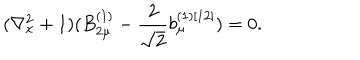
LaTeX: ( \nabla _ { x } ^ { 2 } + 1 ) ( B _ { 2 \mu } ^ { ( 1 ) } - \frac { 2 } { \sqrt { 2 } } b _ { \mu } ^ { ( 1 ) [ 1 2 ] } ) = 0 .